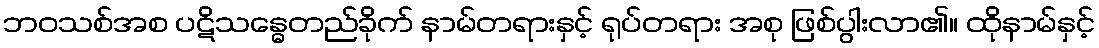
ဘဝသစ်အစ ပဋိသန္ဓေတည်ခိုက် နာမ်တရားနှင့် ရုပ်တရား အစု ဖြစ်ပွါးလာ၏။ ထိုနာမ်နှင့်